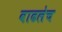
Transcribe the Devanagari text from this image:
वाढलेच